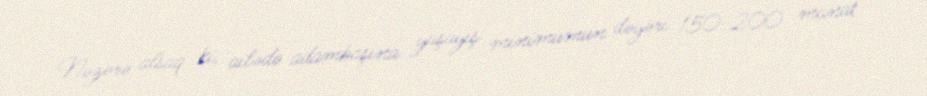
Nəzərə alsaq ki, ailədə adambaşına yaşayış minimumun dəyəri 150-200 manat